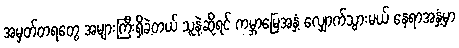
အမှတ်တရတွေ အများကြီးရှိခဲ့တယ် သူနဲ့ဆိုရင် ကမ္ဘာမြေအနှံ့ လျှောက်သွားမယ် နေရာအနှံ့မှာ